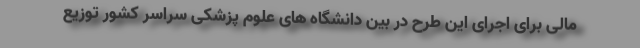
مالی برای اجرای این طرح در بین دانشگاه های علوم پزشکی سراسر کشور توزیع